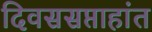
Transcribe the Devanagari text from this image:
दिवससप्ताहांत